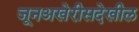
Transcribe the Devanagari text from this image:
जूनअखेरीसदेखील